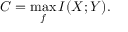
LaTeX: C = \operatorname* { m a x } _ { f } I ( X ; Y ) .